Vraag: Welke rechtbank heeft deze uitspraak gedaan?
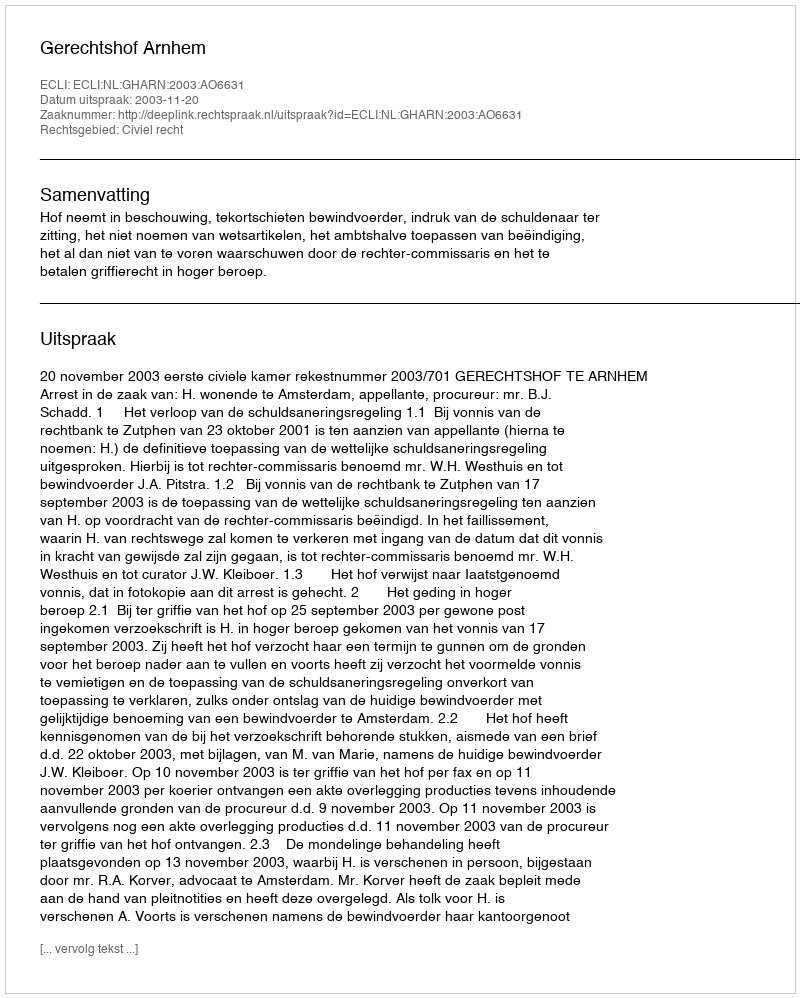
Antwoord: Gerechtshof Arnhem